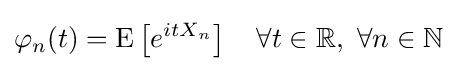
\varphi _{n}(t)=\operatorname {E} \left[e^{itX_{n}}\right]\quad \forall t\in \mathbb {R} ,\ \forall n\in \mathbb {N}